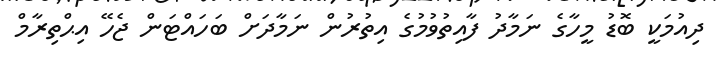
ދިއުމަކީ ބޮޑު މީހާގެ ނަމާދު ފާއިތުވުމުގެ އިތުރުން ނަމާދަށް ބަހައްޓަން ޖެހޭ އިޙްތިރާމް